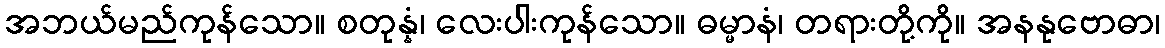
အဘယ်မည်ကုန်သော။ စတုန္နံ၊ လေးပါးကုန်သော။ ဓမ္မာနံ၊ တရားတို့ကို။ အနနုဗောဓာ၊